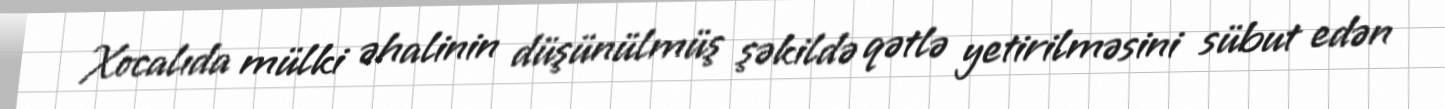
Xocalıda mülki əhalinin düşünülmüş şəkildə qətlə yetirilməsini sübut edən